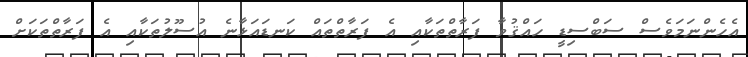
އެހެންނަމަވެސް ސަބްސިޑީ ހައްޤުވާ ފަރާތްތަކާއި އެ ފަރާތްތައް ކަނޑައަޅާނެ އުސޫލުތަކާއި އެ ފަރާތްތަކަށް